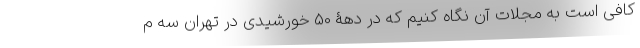
کافی است به مجلات آن نگاه کنیم که در دهۀ 50 خورشیدی در تهران سه م